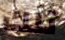
تلك